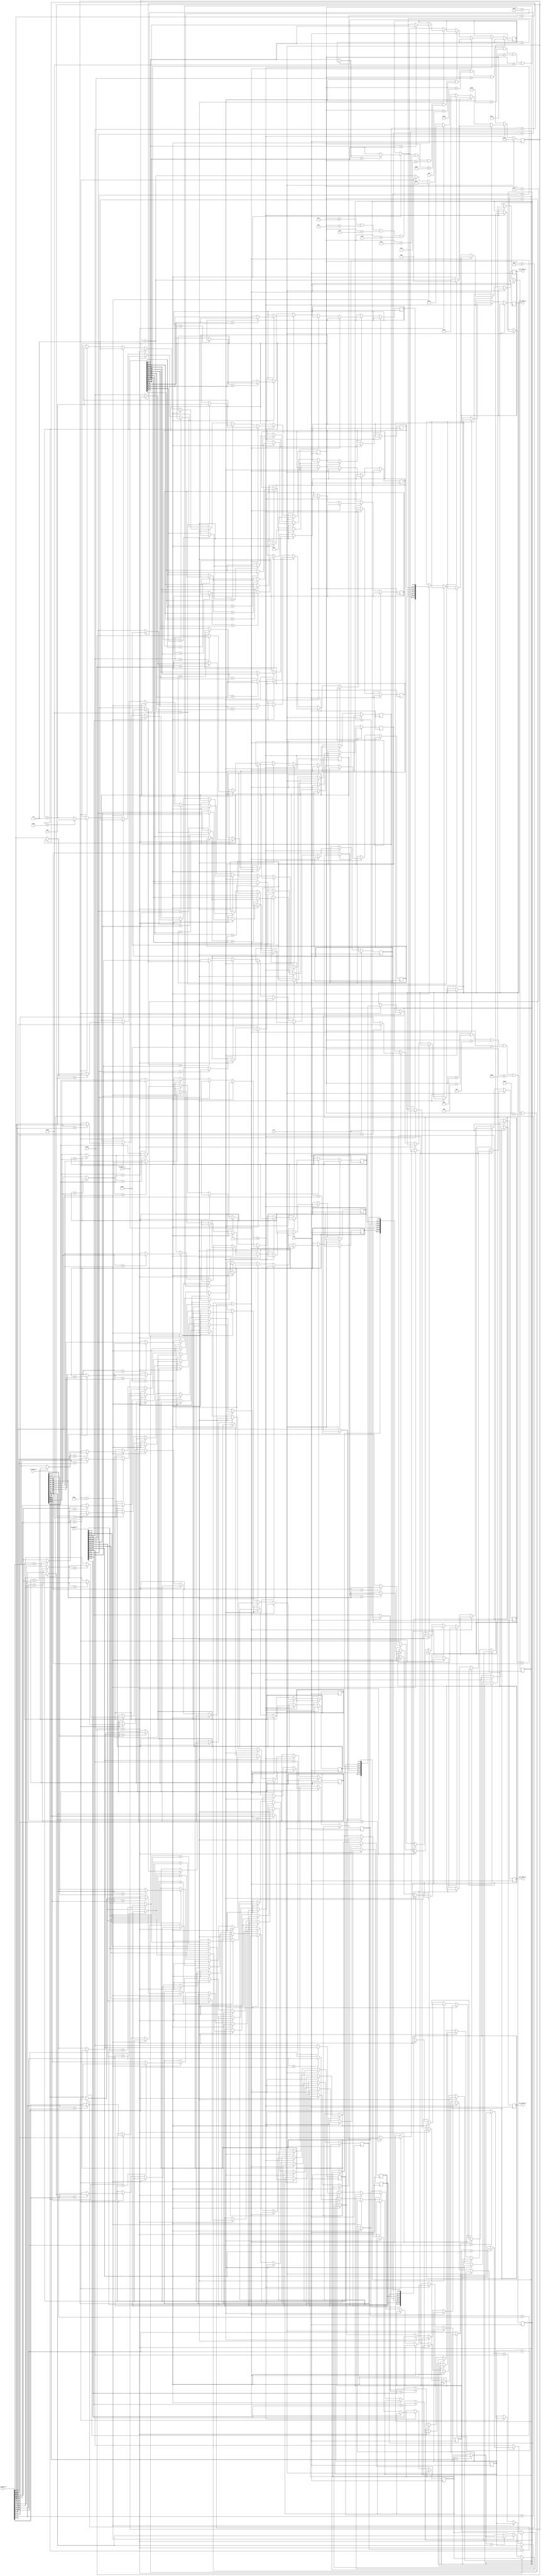
//*************************************************//
//*******************************************//
//*******************************************************//
//***************************************************//
//********************CNNFPGA******************//
//********************2019.06.01*******************************//
//*************************************************//

module PoolLay2(
	clk,
	rst,
	in_pool2_1,
	in_pool2_2,
	in_pool2_3,
	in_pool2_4,
	
	out_pool2_1,
	out_pool2_2,
	out_pool2_3,
	out_pool2_4
);

input clk;
input rst;
input [223:0] in_pool2_1;
input [223:0] in_pool2_2;
input [223:0] in_pool2_3;
input [223:0] in_pool2_4;

output reg [111:0] out_pool2_1;
output reg [111:0] out_pool2_2;
output reg [111:0] out_pool2_3;
output reg [111:0] out_pool2_4;

reg [111:0] out_mid1;
reg [111:0] out_mid2;
reg [111:0] out_mid3;
reg [111:0] out_mid4;

integer line;
integer count;

function [15:0] max_data;
	input [15:0] in1;
	input [15:0] in2;
	begin
		max_data = in1 > in2 ? in1 : in2;
	end
endfunction

generate 
	genvar i;
	for(i=0;i<7;i=i+1) begin: ggz
		always @(posedge clk) 
		begin
			if(rst) begin
				if(i==6) begin
					line  = 5'd4;
					count = 16;
				end
			end
			
			else begin
				if(in_pool2_1>=0) begin
					if(line==1 || line==2) begin
						if(i==6) begin
							count = count + 1;
							if(count>25) begin
								count = 0;
								line = line + 1;
							end
						end
					end
					
					else if(line==3 || line==5 || line==7 || line==9 || line==11 || line==13 || line==29
					|| line==15 || line==17 || line==19 || line==21 || line==23 || line==25 || line==27) begin
						if(i==6) begin
							count = count + 1;
							if(count>25) begin
								count = 0;
								line = line + 1;
							end
						end
					end
					
					else if(line==4 || line==8 || line==12 || line==16 || line==20 || line==24 || line==28) begin
						if(count==16) begin
							out_mid1[i*16+15:i*16] = max_data(in_pool2_1[i*32+15:i*32], in_pool2_1[i*32+31:i*32+16]);
							if(i==6) count = 17;
						end
						
						else if(count==19) begin
							out_mid2[i*16+15:i*16] = max_data(in_pool2_2[i*32+15:i*32], in_pool2_2[i*32+31:i*32+16]);
							if(i==6) count = 20;
						end
						
						else if(count==22) begin
							out_mid3[i*16+15:i*16] = max_data(in_pool2_3[i*32+15:i*32], in_pool2_3[i*32+31:i*32+16]);
							if(i==6) count = 23;
						end
						
						else if(count==25) begin
							out_mid4[i*16+15:i*16] = max_data(in_pool2_4[i*32+15:i*32], in_pool2_4[i*32+31:i*32+16]);
							if(i==6) begin
								count = 0;
								line = line + 1;
							end
						end
						
						else begin
							if(i==6) count = count + 1;
						end
					end
					
					else begin
						if(count==16) begin
							out_mid1[i*16+15:i*16] = max_data(out_mid1[i*16+15:i*16], in_pool2_1[i*32+15:i*32]);
							out_mid1[i*16+15:i*16] = max_data(out_mid1[i*16+15:i*16], in_pool2_1[i*32+31:i*32+16]);
							//if(i==6) count = 17;
						end
						
						else if(count==19) begin
							out_mid2[i*16+15:i*16] = max_data(out_mid2[i*16+15:i*16], in_pool2_2[i*32+15:i*32]);
							out_mid2[i*16+15:i*16] = max_data(out_mid2[i*16+15:i*16], in_pool2_2[i*32+31:i*32+16]);
							//if(i==6) count = 20;
						end
						
						else if(count==22) begin
							out_mid3[i*16+15:i*16] = max_data(out_mid3[i*16+15:i*16], in_pool2_3[i*32+15:i*32]);
							out_mid3[i*16+15:i*16] = max_data(out_mid3[i*16+15:i*16], in_pool2_3[i*32+31:i*32+16]);
							//if(i==6) count = 23;
						end
						
						else if(count==25) begin
							out_mid4[i*16+15:i*16] = max_data(out_mid4[i*16+15:i*16], in_pool2_4[i*32+15:i*32]);
							out_mid4[i*16+15:i*16] = max_data(out_mid4[i*16+15:i*16], in_pool2_4[i*32+31:i*32+16]);
							
						end
						
						if(i==6) begin
							if(count==16) begin
								out_pool2_1 = out_mid1;
								count = 17;
								//$display("out_pool2_1 = %h", out_pool2_1);
							end
							
							else if(count==19) begin
								out_pool2_2 = out_mid2;
								count = 20;
							end
							
							else if(count==22) begin
								out_pool2_3 = out_mid3;
								count = 23;
							end
							
							else if(count==25) begin
								count = 0;
								out_pool2_4 = out_mid4;
								//$display("out_pool2_4 = %h", out_pool2_4);
								if(line==30) begin
									 line = 5'd1;
									 //$display("\n");
								end
								
								else line = line + 1;
							end
							
							else count = count + 1;
							
						end
					end
					
				end
			end
		end
	end

endgenerate


endmodule